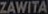
ZAWITA